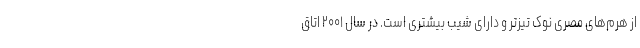
از هرم‌‌های مصری نوک تیزتر و دارای شیب بیشتری است. در سال ۲۰۰۱ اتاق